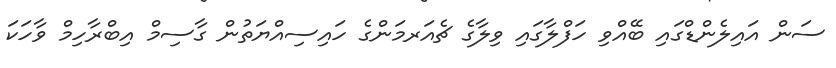
ސަން އައިލެންޑްގައި ބޭއްވި ހަފްލާގައި ވިލާގެ ޗެއަރމަންގެ ހައިސިއްޔަތުން ގާސިމް އިބްރާހިމް ވާހަކަ